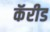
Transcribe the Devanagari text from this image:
कॅरीड